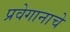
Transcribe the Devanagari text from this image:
प्रवेगानाचे